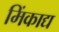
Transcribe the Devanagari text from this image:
मिंकाद्य